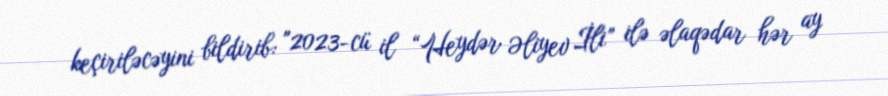
keçiriləcəyini bildirib: "2023-cü il “Heydər Əliyev İli” ilə əlaqədar hər ay